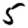
Digit: 5